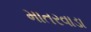
માતરવાડા